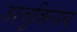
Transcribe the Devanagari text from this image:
अजुकियम